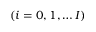
( i = 0 , 1 , \dots I )